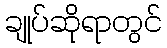
ချုပ်ဆိုရာတွင်